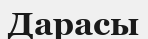
Дарасы